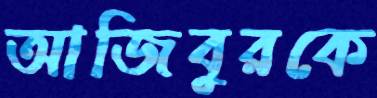
আজিবুরকে